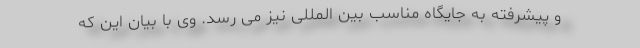
و پیشرفته به جایگاه مناسب بین المللی نیز می رسد. وی با بیان این که